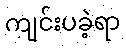
ကျင်းပခဲ့ရာ